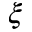
\xi